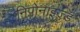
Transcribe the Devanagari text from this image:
निपोनाइज्ड